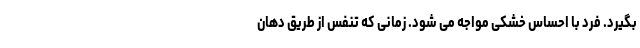
بگیرد. فرد با احساس خشکی مواجه می شود. زمانی که تنفس از طریق دهان